Vaccination returns of the Province of Eastern Bengal and Assam - 1905-1912
Year: 1905
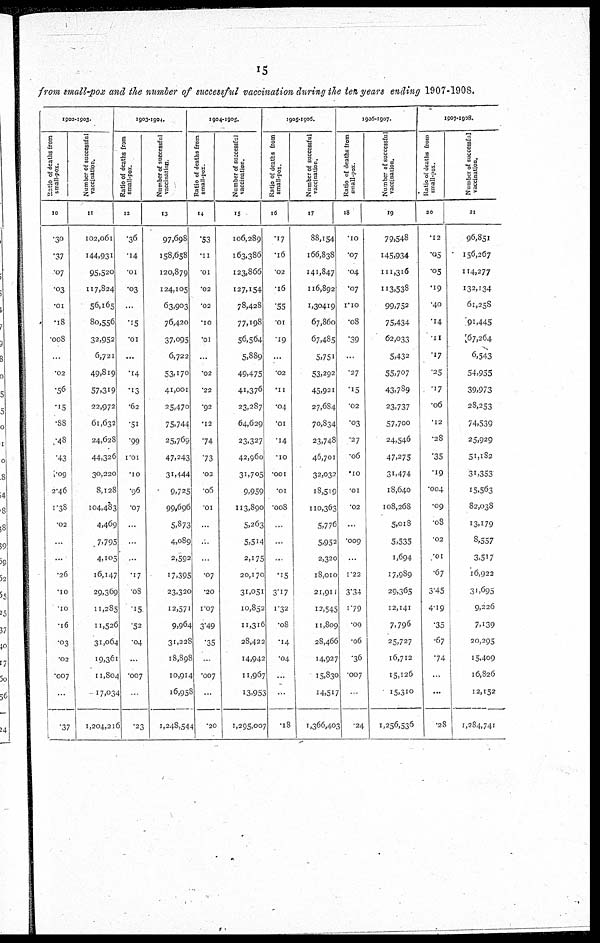
15
from small-pox and the number of successful vaccination during the ten years ending 1907-1908.
1902-1903.
Ratio of deaths from
small-pox.
10
.30
.37
.07
.03
.01
.18
.008
...
.02
.56
.15
.88
.48
.43
1.09
2.46
1.38
.02
...
...
.26
.10
.10
.16
.03
.02
.007
...
.37
Number of successful
vaccination.
11
102,06l
144,931
95,520
117,824
56,165
80,556
32,952
6,721
49,819
57,319
22,972
61,632
24,628
44,326
30,220
8,128
104,483
4,469
7,795
4,105
16,147
29,369
11,285
11,526
31,064
19,361
11,804
17,034
1,204,216
1903-1904.
Ratio of deaths from
small-pox.
12
.36
.14
.01
.03
...
.15
.01
...
.14
.13
.62
.51
.99
1.01
.10
.96
.07
...
...
...
.17
.08
.15
.52
.04
...
.007
...
.23
Number of successful
vaccination.
13
97,698
158,658
120,879
124,105
63,903
76,420
37,095
6,722
53,170
41,001
25,470
75,744
25,769
47,243
31,444
9,725
99,696
5,873
4,089
2,592
17,395
23,320
12,571
9,964
31,228
18,898
10,914
16,958
1,248,544
1904-1905.
Ratio of deaths from
small-pox.
14
.53
.11
.01
.02
.02
.10
.01
...
.02
.22
.92
.12
.74
.73
.02
.06
.01
...
...
...
.07
.20
1.07
3.49
.35
...
.007
...
.20
Number of successful
vaccination.
15
106,289
163,386
123,866
127,154
78,428
77,198
56,564
5,889
49,475
41,376
23,287
64,629
23,327
42,960
31,705
9,959
113,890
5,263
5,514
2,175
20,170
31,051
10,852
11,316
28,422
14,942
11,967
13,953
1,295,007
1905-1906.
Ratio of deaths from
small-pox.
16
.17
.16
.02
.16
.55
.01
.19
...
.02
.11
.04
.01
.14
.10
.001
.01
.008
...
...
...
.15
3.17
1.32
.08
.14
.04
...
...
.18
Number of successful
vaccination.
17
88,154
166,838
141,847
116,892
1,30419
67,860
67,485
5,751
53,292
45,921
27,684
70,834
23,748
46,701
32,032
18,519
110,363
5,776
5,952
2,320
18,010
21,911
12,545
11,809
28,466
14,927
15,830
14,517
1,366,403
1906-1907.
Ratio of deaths from
small-pox.
18
.10
.07
.04
.07
1.10
.08
.39
...
.27
.15
.02
.03
.27
.06
.10
.01
.02
...
.009
...
1.22
3.34
1.79
.00
.06
.36
.007
...
.24
Number of successful
vaccination.
19
79,548
145,934
111,316
113,538
99,752
75,434
62,033
5,432
55,707
43,789
23,737
57,700
24,546
47,275
31,474
18,640
108,268
5,018
5,535
1,694
17,989
29,365
12,141
7,796
25,727
16,712
15,126
15,310
1,256,536
1907-1908.
Ratio of deaths from
small-pox.
20
.12
.05
.05
.19
.40
.14
.11
.17
.25
.17
.06
.12
.28
.35
.19
.004
.09
.08
.02
.01
.67
3.45
4.19
.35
.67
.74
...
...
.28
Number of successful
vaccination.
21
96,851
156,267
114,277
132,134
61,258
91,445
67,264
6,543
54,955
39,973
28,253
74,539
25,929
51,182
31,353
15,563
82,038
13,179
8,557
3,517
16,922
31,695
9,226
7,139
20,295
15,409
16,826
12,152
1,284,741